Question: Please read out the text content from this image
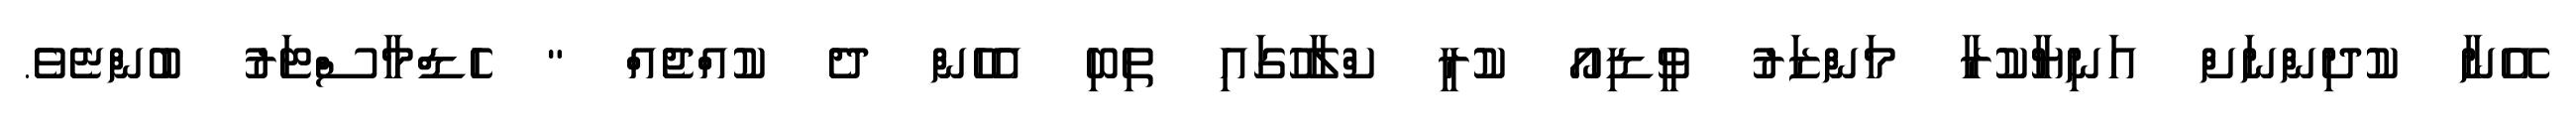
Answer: އޭނާ ކުދިންނަށް އަނިޔާކުރާ މަންޒަރު ވީޑިއޯ ކުރީ ކްލާހުގައި ތިބި އެހެން ދެ ކުއްޖެއް " ހެޑްމާސްޓަރު ބުންޏެވެ.